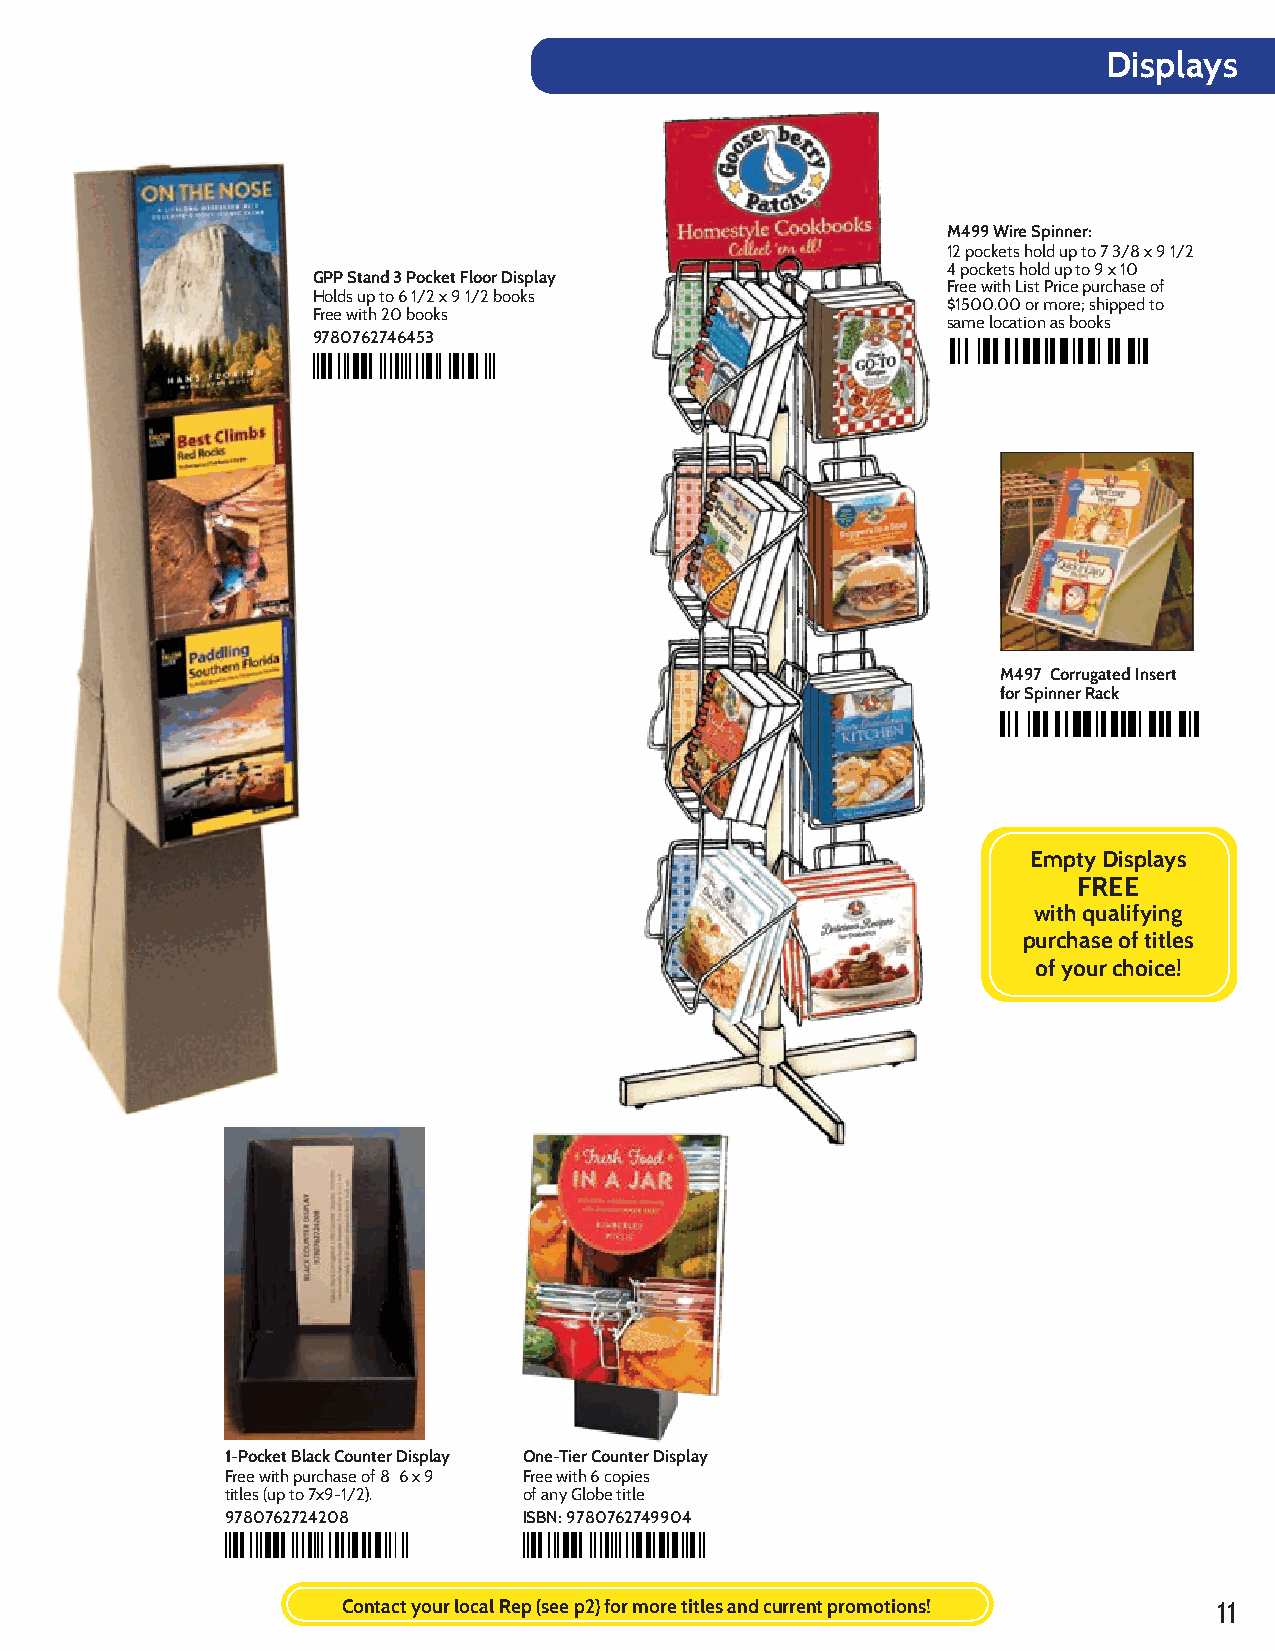
M499
 Spinner
 9780762746453
 Displays
 GPP   STANDARD      3 POCKET    FLOOR    DISPLAY
 M499 Wire Spinner:
 12 pockets hold up to 7 3/8 x 9 1/2
 4 pockets hold up toM 9 x 140 97
 GPP Stand 3 Pocket Floor Display
 Free with List Price purchase of
 Holds up to 6 1/2 x 9 1/2 books
 $1500.00 or more; shipped to
 Free with 20 books
 same location as books
 Corrugated      insert  for  spinner
 9780762746453
 M499
 9 780762 746453
 M497 Corrugated Insert
 for Spinner Rack
 M497
 Empty Displays
 FREE
 with qualifying
 purchase of titles
 of your choice!
 9780762724208       9780762749904
 One-Pocket    Black  DispOlanye-Tier Display
 1-Pocket Black Counter Display One-Tier Counter Display
 Free with purchase of 8 6 x 9 Free with 6 copies
 titles (up to 7x9-1/2). of any Globe title
 9780762724208       ISBN: 9780762749904
 9 780762 724208     9 780762 749904
 ContactT yo iunrd licoactaels Rae Tpo p(s Seeel lper2 ) f or TmSo rien dtiitclaetse sa an dTo cpu Srreellnintg p Sroermieostions! 11